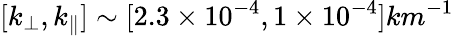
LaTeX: [k_{\perp},k_{\parallel}]\sim[2.3\times 10^{-4},1\times 10^{-4}]km^{-1}